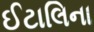
ઈટાલિના